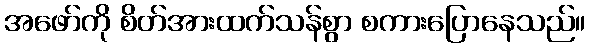
အဖော်ကို စိတ်အားထက်သန်စွာ စကားပြောနေသည်။